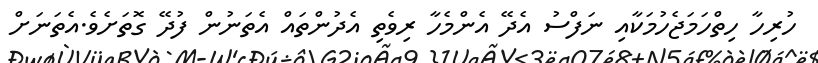
ހުރިހާ ހިތްހަަމަޖެހުމަކާއި ނަފްސު އެދޭ އެންމެހާ ރިވެތި އެދުންތައް އެތަނުން ފުދޭ ގޮތަށެވެ.އެތަނަށް